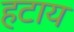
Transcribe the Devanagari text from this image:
हटाय